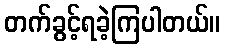
တက်ခွင့်ရခဲ့ကြပါတယ်။